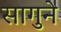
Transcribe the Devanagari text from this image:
सागुने